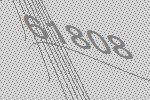
61808